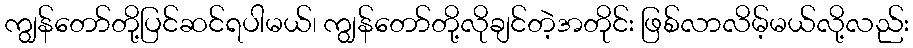
ကျွန်တော်တို့ပြင်ဆင်ရပါမယ်၊ ကျွန်တော်တို့လိုချင်တဲ့အတိုင်း ဖြစ်လာလိမ့်မယ်လို့လည်း